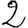
Digit: 2